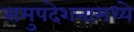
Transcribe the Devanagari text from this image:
समुपदेशनामध्ये